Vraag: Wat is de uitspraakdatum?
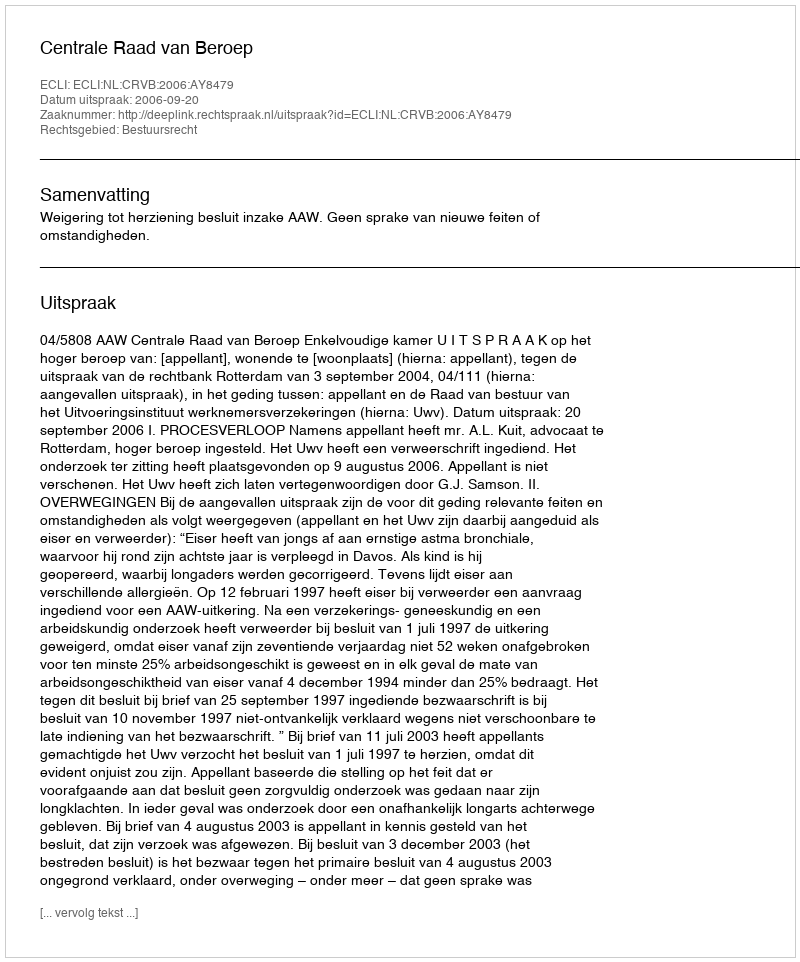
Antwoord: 2006-09-20